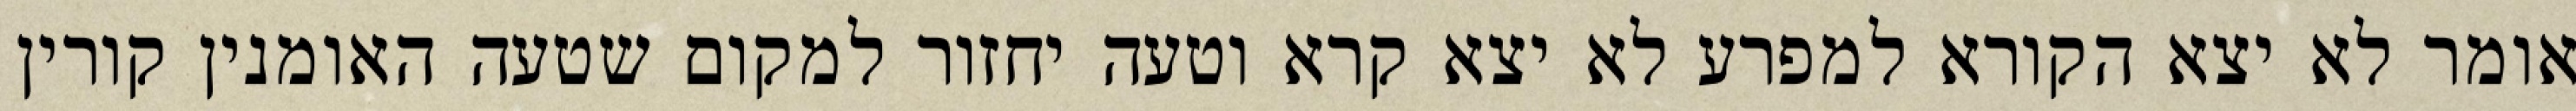
אומר לא יצא הקורא למפרע לא יצא קרא וטעה יחזור למקום שטעה האומנין קורין